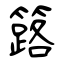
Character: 簬